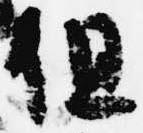
但